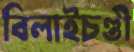
বিলাইচণ্ডী